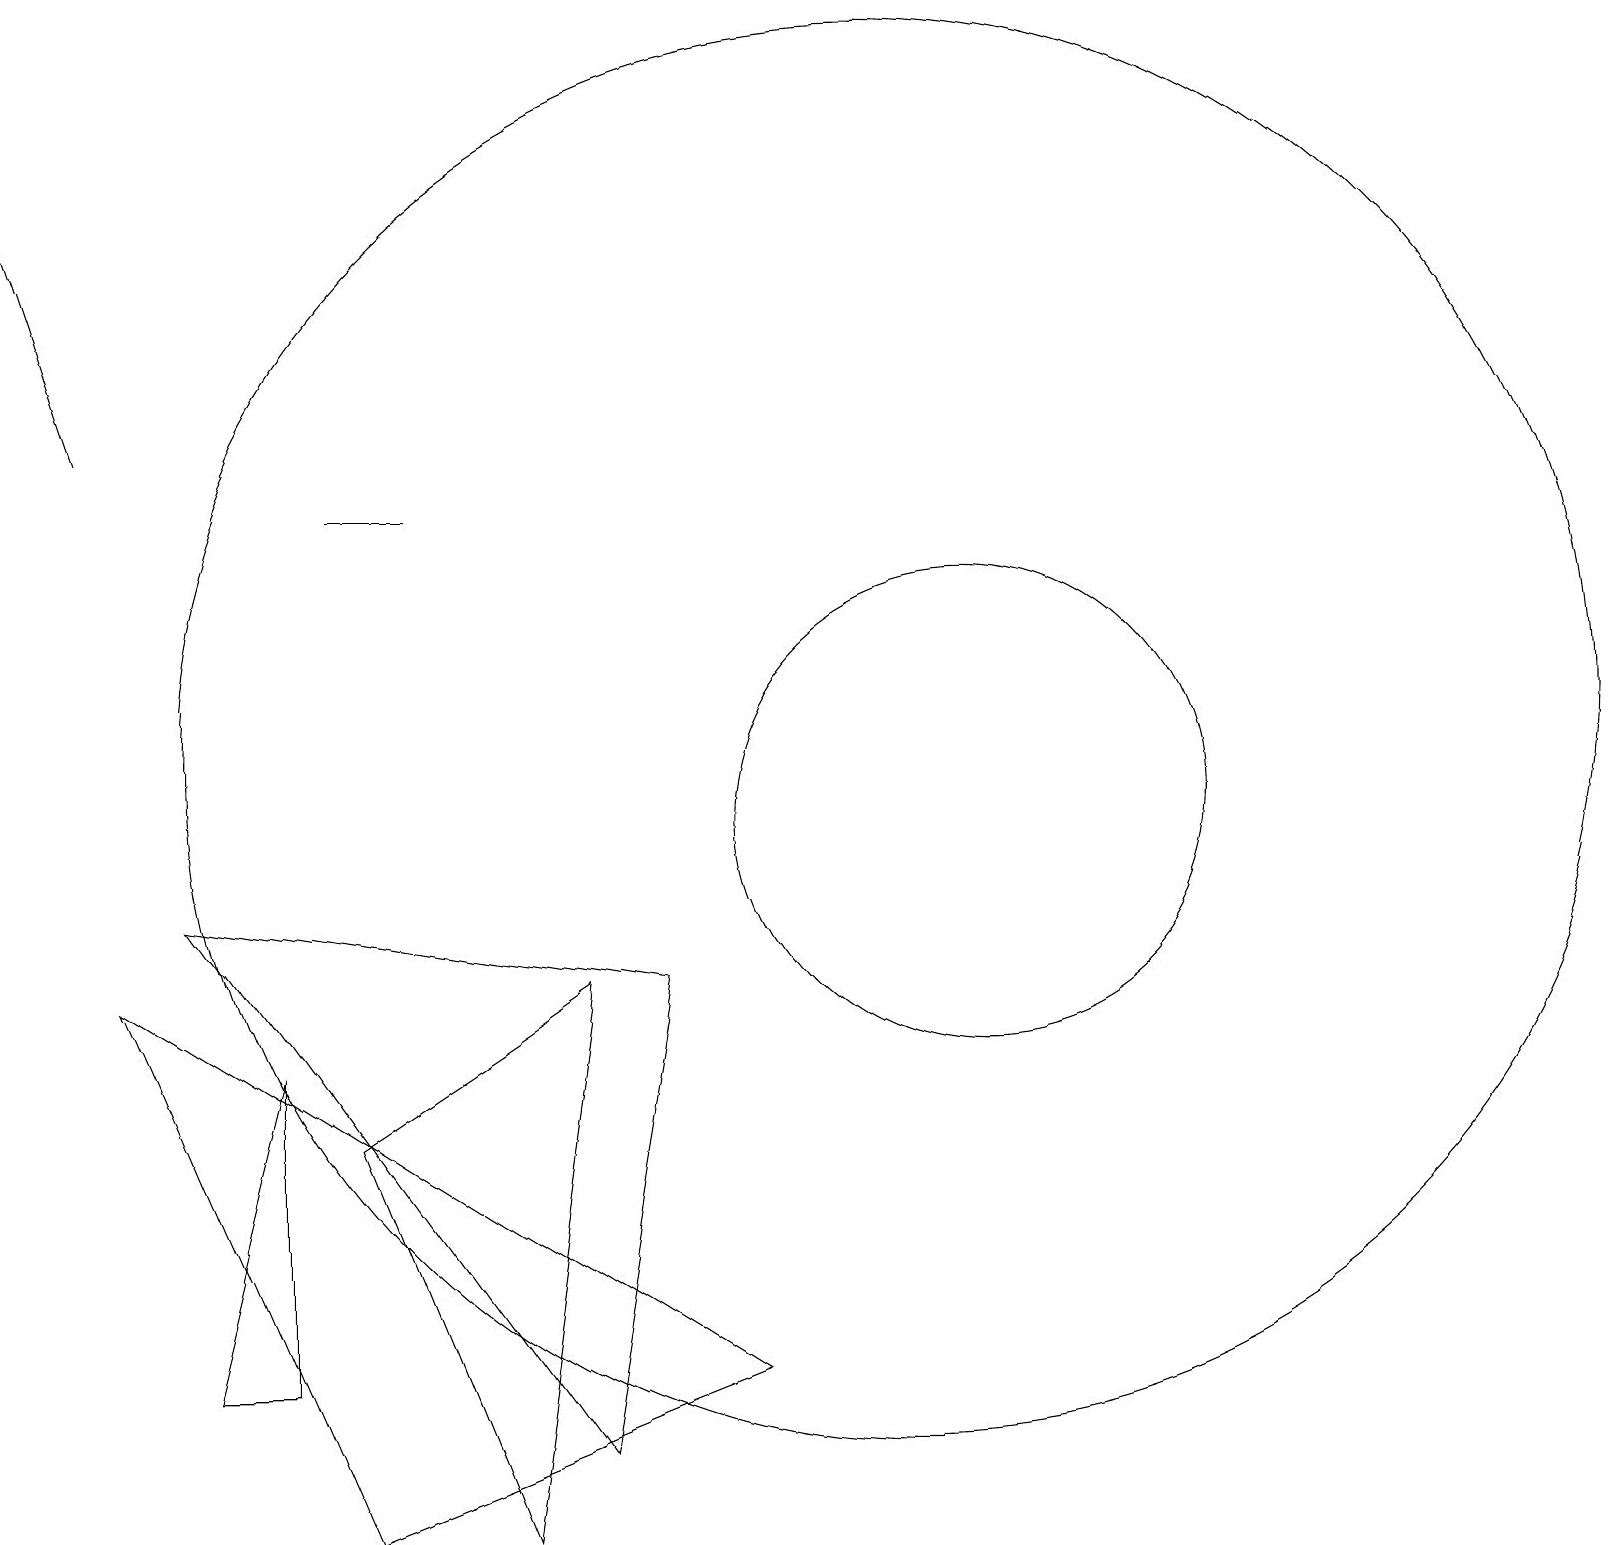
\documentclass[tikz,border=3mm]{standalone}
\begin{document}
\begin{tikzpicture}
\draw (6,1) -- (7,8) -- (4,6) -- cycle;
\draw (8,8) -- (2,9) -- (7,2) -- cycle;
\draw (12,10) circle (3);
\draw (4,14) rectangle (5,14);
\draw[->] (1,15) -- (0,18);
\draw (2,3) -- (3,7) -- (3,3) -- cycle;
\draw (4,1) -- (1,8) -- (9,3) -- cycle;
\draw (11,11) circle (9);
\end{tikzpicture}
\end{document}